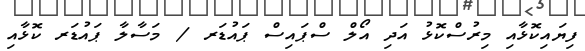
ފިޔައިކޮޅާއި މިރުސްކޮޅު އަދި އޯލް ސްޕައިސް ޕައުޑަރ / މަސާލާ ޕައުޑަރ ކޮޅާއި